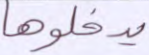
يدخلوها